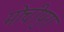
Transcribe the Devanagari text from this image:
मोचीपुरा